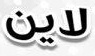
لاين